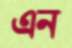
এন